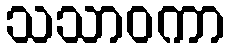
သသာဝကာ